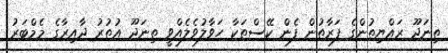
ތިނަދޫ ރައްޔިތުންގެ ފަރާތުން ފެން ކޭސްތަކާ ހަވާލުވެލެއްވީ ތިނަދޫ އުތުރު ދާއިރާގެ މެމްބަރު